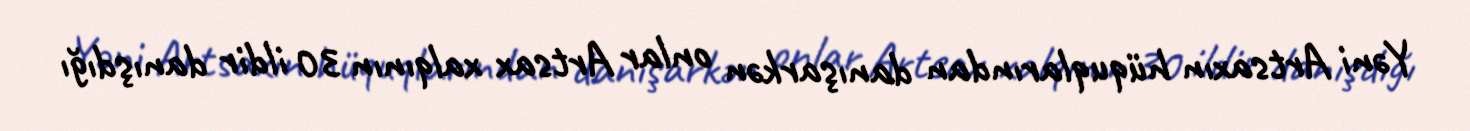
Yəni Artsaxın hüquqlarından danışarkən onlar Artsax xalqının 30 ildir danışdığı